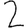
Digit: 2